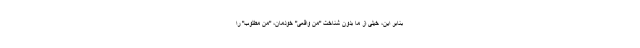
بنابر این، خیلی از ما بدون شناخت "من واقعی" خودمان، "من مطلوب" را